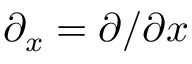
\partial _ { x } = \partial / \partial x